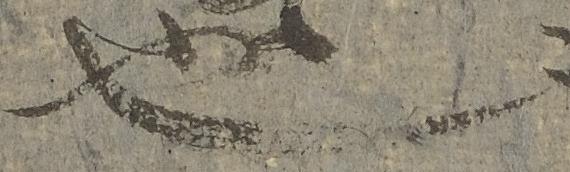
也